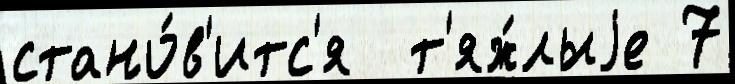
стано́в'итс'я  т'яж́лыjе 7